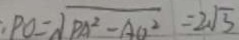
P O = \sqrt { D A ^ { 2 } - A C ^ { 2 } } = 2 \sqrt { 3 }